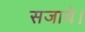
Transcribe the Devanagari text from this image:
सजाये।